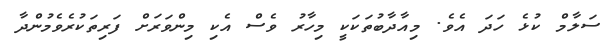
ސަލާމް ކުޅެ ހަދަ އެވެ. މިއާދާބުތަކަކީ މިހާރު ވެސް އެކި މިންވަރަށް ފަރިތަކުރެވެމުންދާ